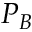
P _ { B }